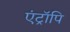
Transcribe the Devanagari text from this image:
एंट्रॉपि